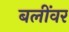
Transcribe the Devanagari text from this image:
बलींवर